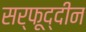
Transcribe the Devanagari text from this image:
सर्फूद्दीन